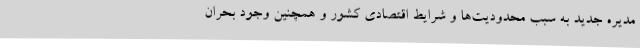
مدیره جدید به سبب محدودیت‌ها و شرایط اقتصادی کشور و همچنین وجود بحران